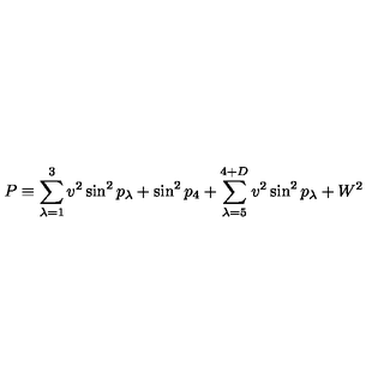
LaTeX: P \equiv \sum _ { \lambda = 1 } ^ { 3 } v ^ { 2 } \sin ^ { 2 } p _ { \lambda } + \sin ^ { 2 } p _ { 4 } + \sum _ { \lambda = 5 } ^ { 4 + D } v ^ { 2 } \sin ^ { 2 } p _ { \lambda } + W ^ { 2 }